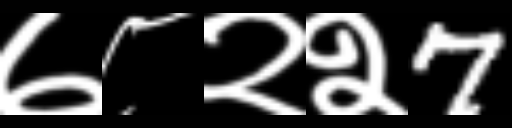
Text: ७८२२7